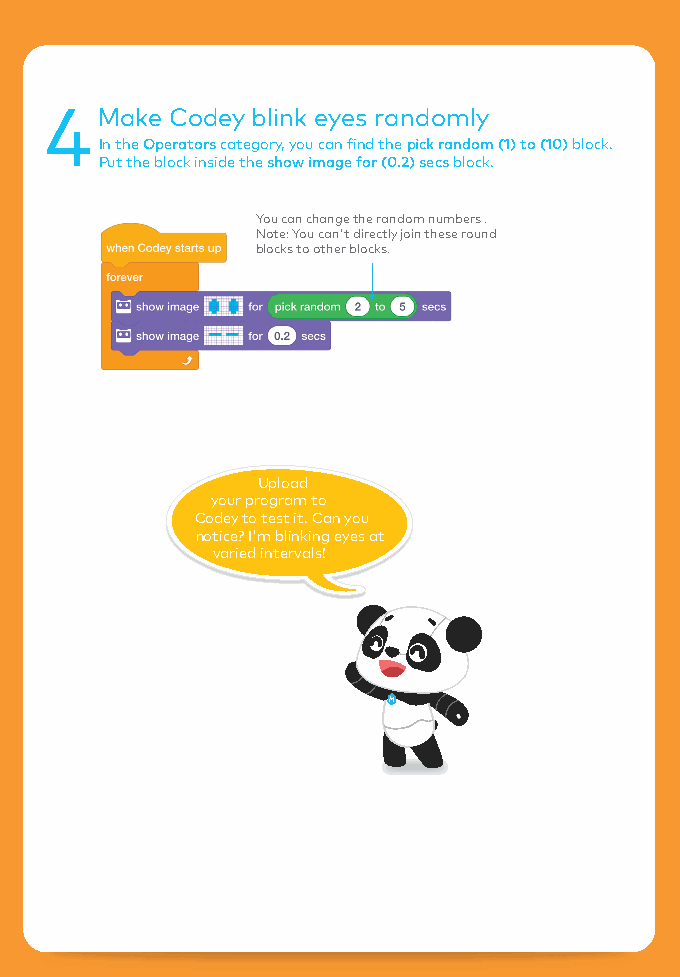
4Make   Codey blink eyes randomly
 In the Operators category, you can find the pick random (1) to (10) block.
 Put the block inside the show image for (0.2) secs block.
 You can change the random numbers .
 Note: You can't directly join these round
 blocks to other blocks.
 Upload
 your program to
 Codey to test it. Can you
 notice? I'm blinking eyes at
 varied intervals!